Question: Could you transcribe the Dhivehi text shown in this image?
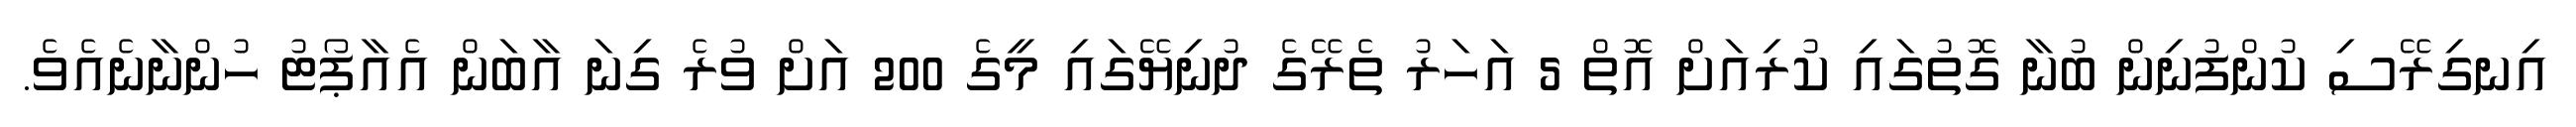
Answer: އިނގިރޭސި ކުންފުނިން ބުނާ ގޮތުގައި ކުރިއަށް އޮތް 5 އަހަރު ތެރޭގެ ދުނިޔޭގައި މީގެ 200 އަށް ވުރެ ގިނަ އާބަން އެއާޕޯޓު ހުންނާނެއެވެ.